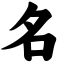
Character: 名